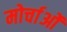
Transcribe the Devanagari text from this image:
मोर्चाओं